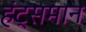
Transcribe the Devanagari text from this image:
हंट्समान